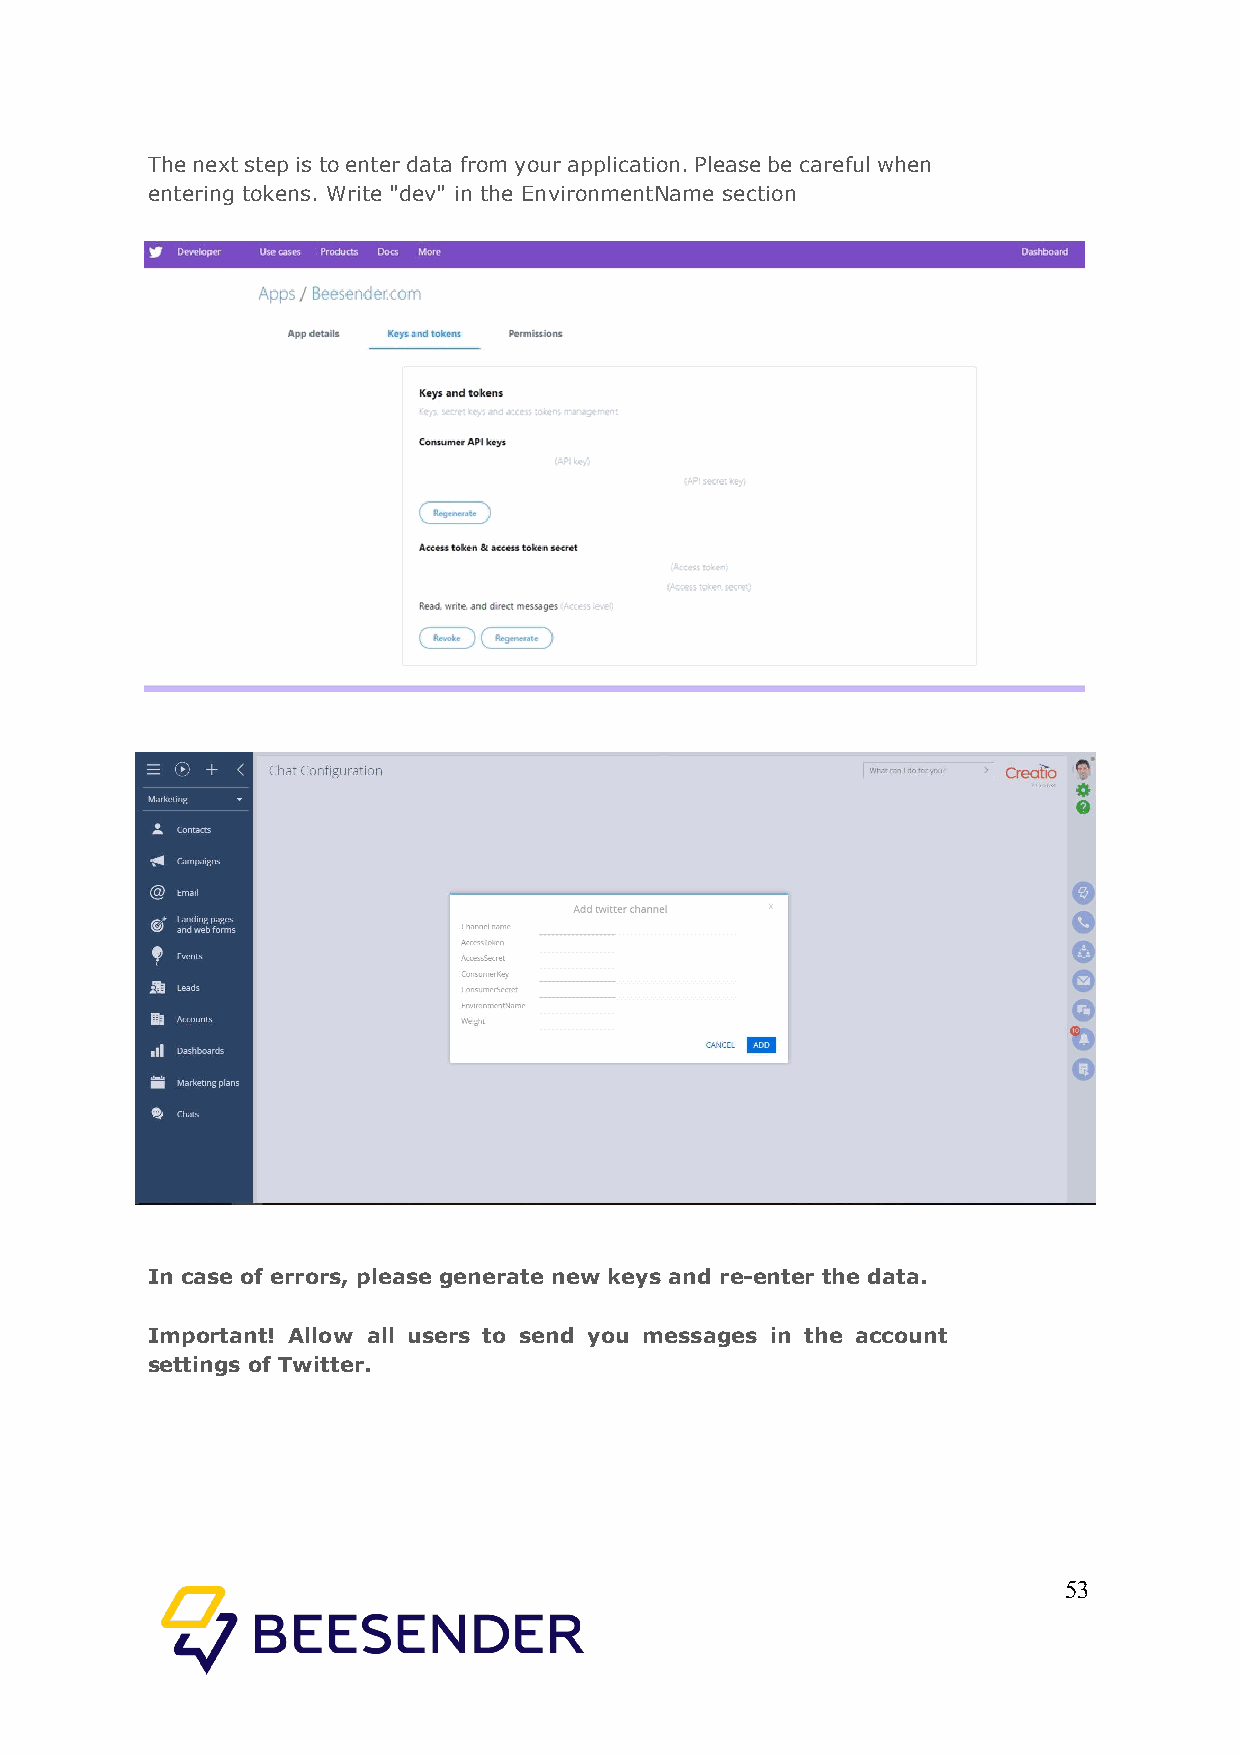
The next step is to enter data from your application. Please be careful when
 entering tokens. Write "dev" in the EnvironmentName section
 In case of errors, please generate new keys and re-enter the data.
 Important! Allow all users to send you messages in the account
 settings of Twitter.
 53